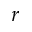
r